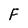
Character: F